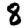
Digit: 8